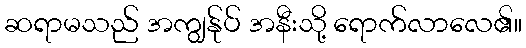
ဆရာမသည် အကျွန်ုပ် အနီးသို့ ရောက်လာလေ၏။